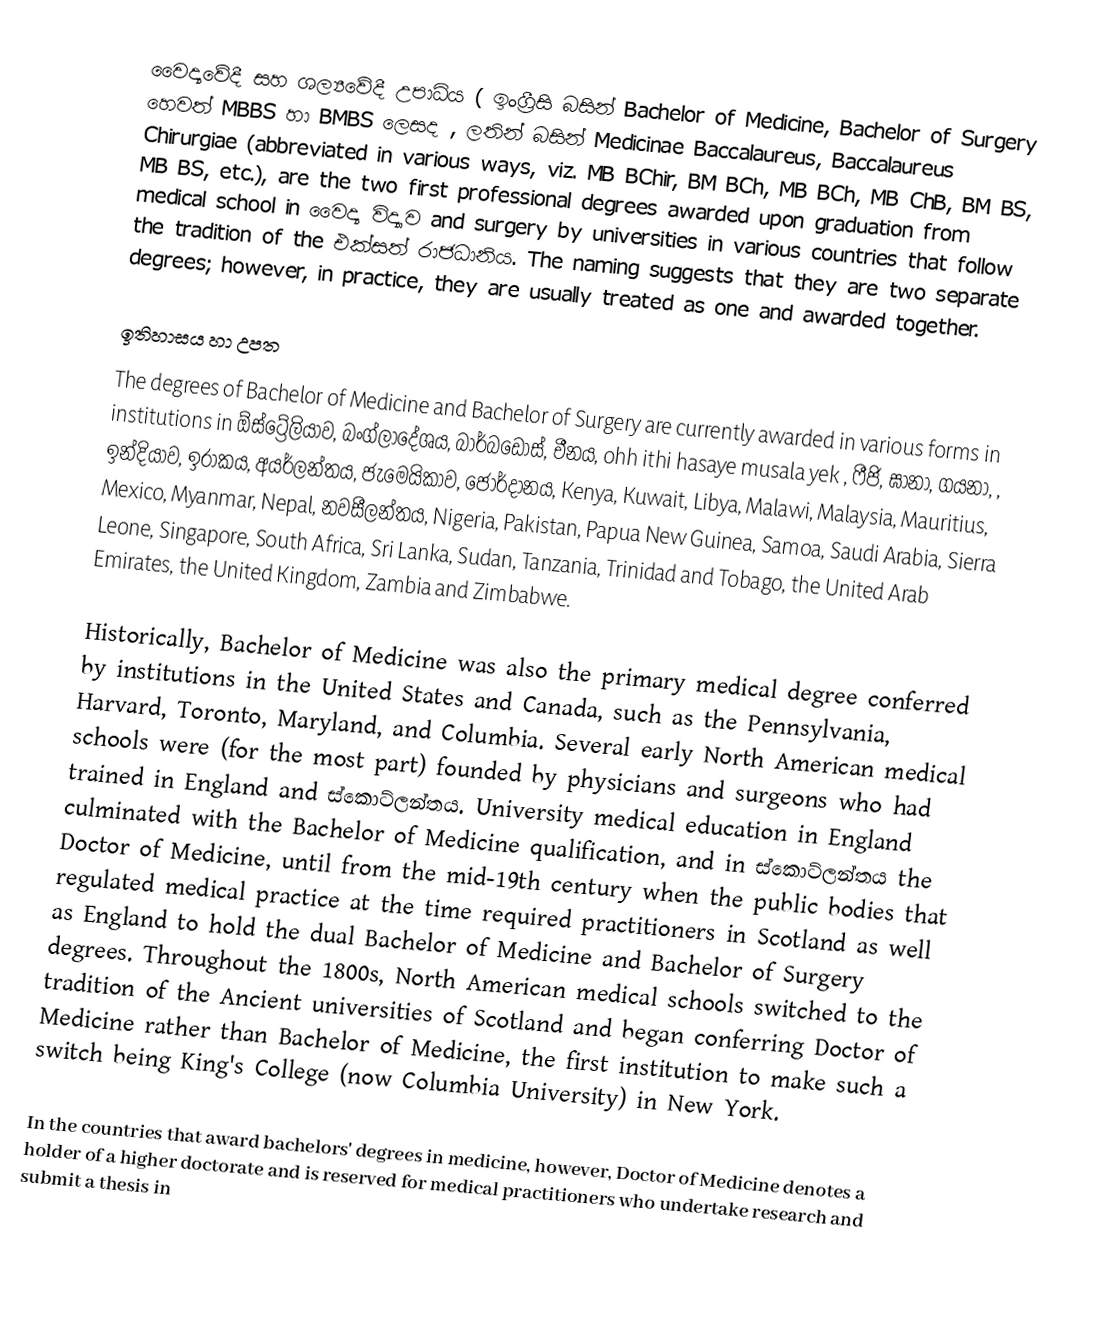
වෛද්‍යවේදී සහ ශල්‍යවේදී උපාධිය ( ඉංග්‍රීසි බසින් Bachelor of Medicine, Bachelor of Surgery හෙවත් MBBS හා BMBS  ලෙසද ,  ලතින් බසින් Medicinae Baccalaureus, Baccalaureus Chirurgiae (abbreviated in various ways, viz. MB BChir, BM BCh, MB BCh, MB ChB, BM BS, MB BS, etc.), are the two first professional degrees awarded upon graduation from medical school in වෛද්‍ය විද්‍යාව and surgery by universities in various countries that follow the tradition of the එක්සත් රාජධානිය. The naming suggests that they are two separate degrees; however, in practice, they are usually treated as one and awarded together.

ඉතිහාසය හා උපත
The degrees of Bachelor of Medicine and Bachelor of Surgery are currently awarded in various forms in institutions in ඕස්ට්‍රේලියාව, බංග්ලාදේශය, බාර්බඩෝස්, චීනය, ohh ithi hasaye musala yek , ෆීජි, ඝානා, ගයනා, , ඉන්දියාව, ඉරාකය, අයර්ලන්තය, ජැමෙයිකාව, ජෝර්දානය, Kenya, Kuwait, Libya, Malawi, Malaysia, Mauritius, Mexico, Myanmar, Nepal, නවසීලන්තය, Nigeria, Pakistan, Papua New Guinea, Samoa, Saudi Arabia, Sierra Leone, Singapore, South Africa, Sri Lanka, Sudan, Tanzania, Trinidad and Tobago, the United Arab Emirates, the United Kingdom, Zambia and Zimbabwe.

Historically, Bachelor of Medicine was also the primary medical degree conferred by institutions in the United States and Canada, such as the Pennsylvania, Harvard, Toronto, Maryland, and Columbia. Several early North American medical schools were (for the most part) founded by physicians and surgeons who had trained in England and ස්කොට්ලන්තය. University medical education in England culminated with the Bachelor of Medicine qualification, and in ස්කොට්ලන්තය the Doctor of Medicine, until from the mid-19th century when the public bodies that regulated medical practice at the time required practitioners in Scotland as well as England to hold the dual Bachelor of Medicine and Bachelor of Surgery degrees. Throughout the 1800s, North American medical schools switched to the tradition of the Ancient universities of Scotland and began conferring Doctor of Medicine rather than Bachelor of Medicine, the first institution to make such a switch being King's College (now Columbia University) in New York.

In the countries that award bachelors' degrees in medicine, however, Doctor of Medicine denotes a holder of a higher doctorate and is reserved for medical practitioners who undertake research and submit a thesis in